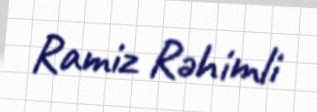
Ramiz Rəhimli